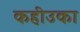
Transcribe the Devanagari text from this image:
कहीउका